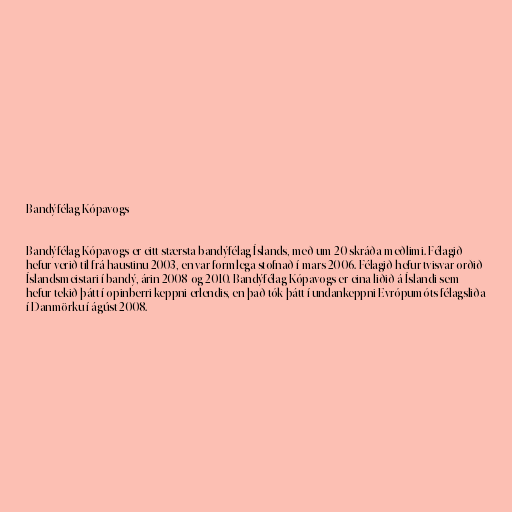
Bandýfélag Kópavogs

Bandýfélag Kópavogs er eitt stærsta bandýfélag Íslands, með um 20 skráða meðlimi. Félagið
hefur verið til frá haustinu 2003, en var formlega stofnað í mars 2006. Félagið hefur tvisvar orðið
Íslandsmeistari í bandý, árin 2008 og 2010. Bandýfélag Kópavogs er eina liðið á Íslandi sem
hefur tekið þátt í opinberri keppni erlendis, en það tók þátt í undankeppni Evrópumóts félagsliða
í Danmörku í ágúst 2008.